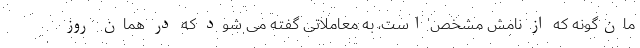
مان‌گونه که از نامش مشخص است، به معاملاتی گفته می شود که در همان روز